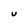
Character: U